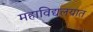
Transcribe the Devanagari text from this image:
महाविद्यलयात